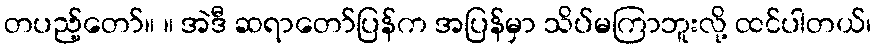
တပည့်တော်။ ။ အဲဒီ ဆရာတော်ပြန်က အပြန်မှာ သိပ်မကြာဘူးလို့ ထင်ပါတယ်၊